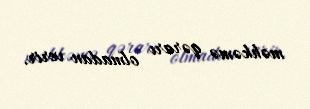
məhkəmə qərarı olmadan verir.